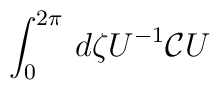
\int_{0}^{2\pi} \, d\zeta U^{-1} {\cal C} U